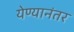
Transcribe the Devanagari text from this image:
येण्यानंतर